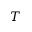
T